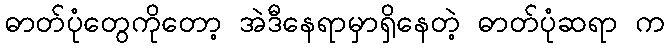
ဓာတ်ပုံတွေကိုတော့ အဲဒီနေရာမှာရှိနေတဲ့ ဓာတ်ပုံဆရာ က